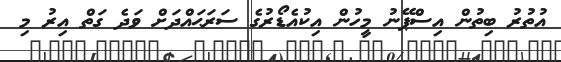
އުތުރު ބިތުން އިސްޕޭނު މީހުން އިކުއެޑޯރުގެ ސަރަޙައްދަށް ވަދެ ގަތް އިރު މި